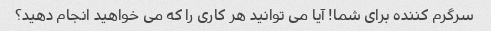
سرگرم کننده برای شما! آیا می توانید هر کاری را که می خواهید انجام دهید؟